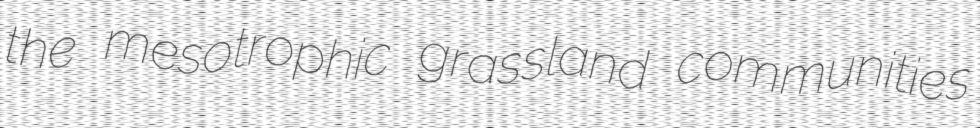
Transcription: the mesotrophic grassland communities